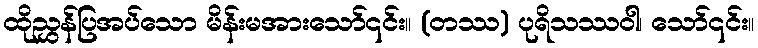
ထိုညွှန်ပြအပ်သော မိန်းမအားသော်၎င်း။ (တဿ) ပုရိသဿဝါ၊ သော်၎င်း။